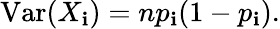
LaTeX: \operatorname{Var}(X_{\mathbf{i}})=np_{\mathbf{i}}(1-p_{\mathbf{i}}).